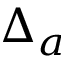
\Delta _ { a }